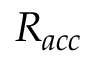
R _ { a c c }